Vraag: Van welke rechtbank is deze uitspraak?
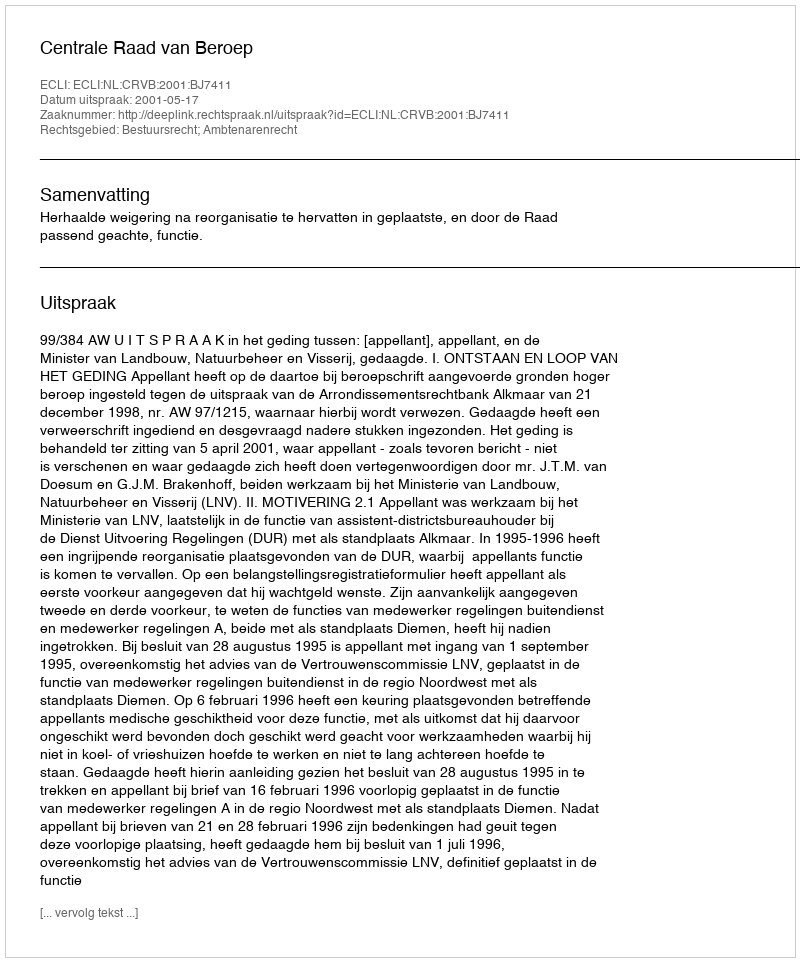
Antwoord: Centrale Raad van Beroep